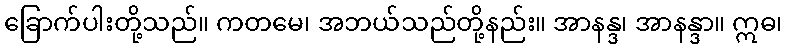
ခြောက်ပါးတို့သည်။ ကတမေ၊ အဘယ်သည်တို့နည်း။ အာနန္ဒ၊ အာနန္ဒာ။ ဣဓ၊